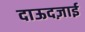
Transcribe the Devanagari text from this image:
दाऊदज़ाई